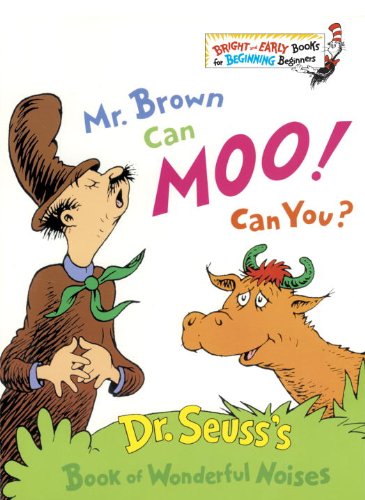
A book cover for Mr. Brown Can Moo! Can You? Book of Wonderful Noises (Bright & Early Books); Dr. Seuss; Children's Books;